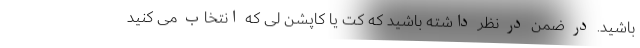
باشید. در ضمن در نظر داشته باشید که کت یا کاپشن لی که انتخاب می کنید